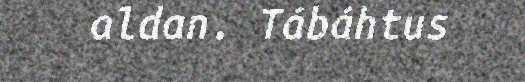
aldan. Tábáhtus